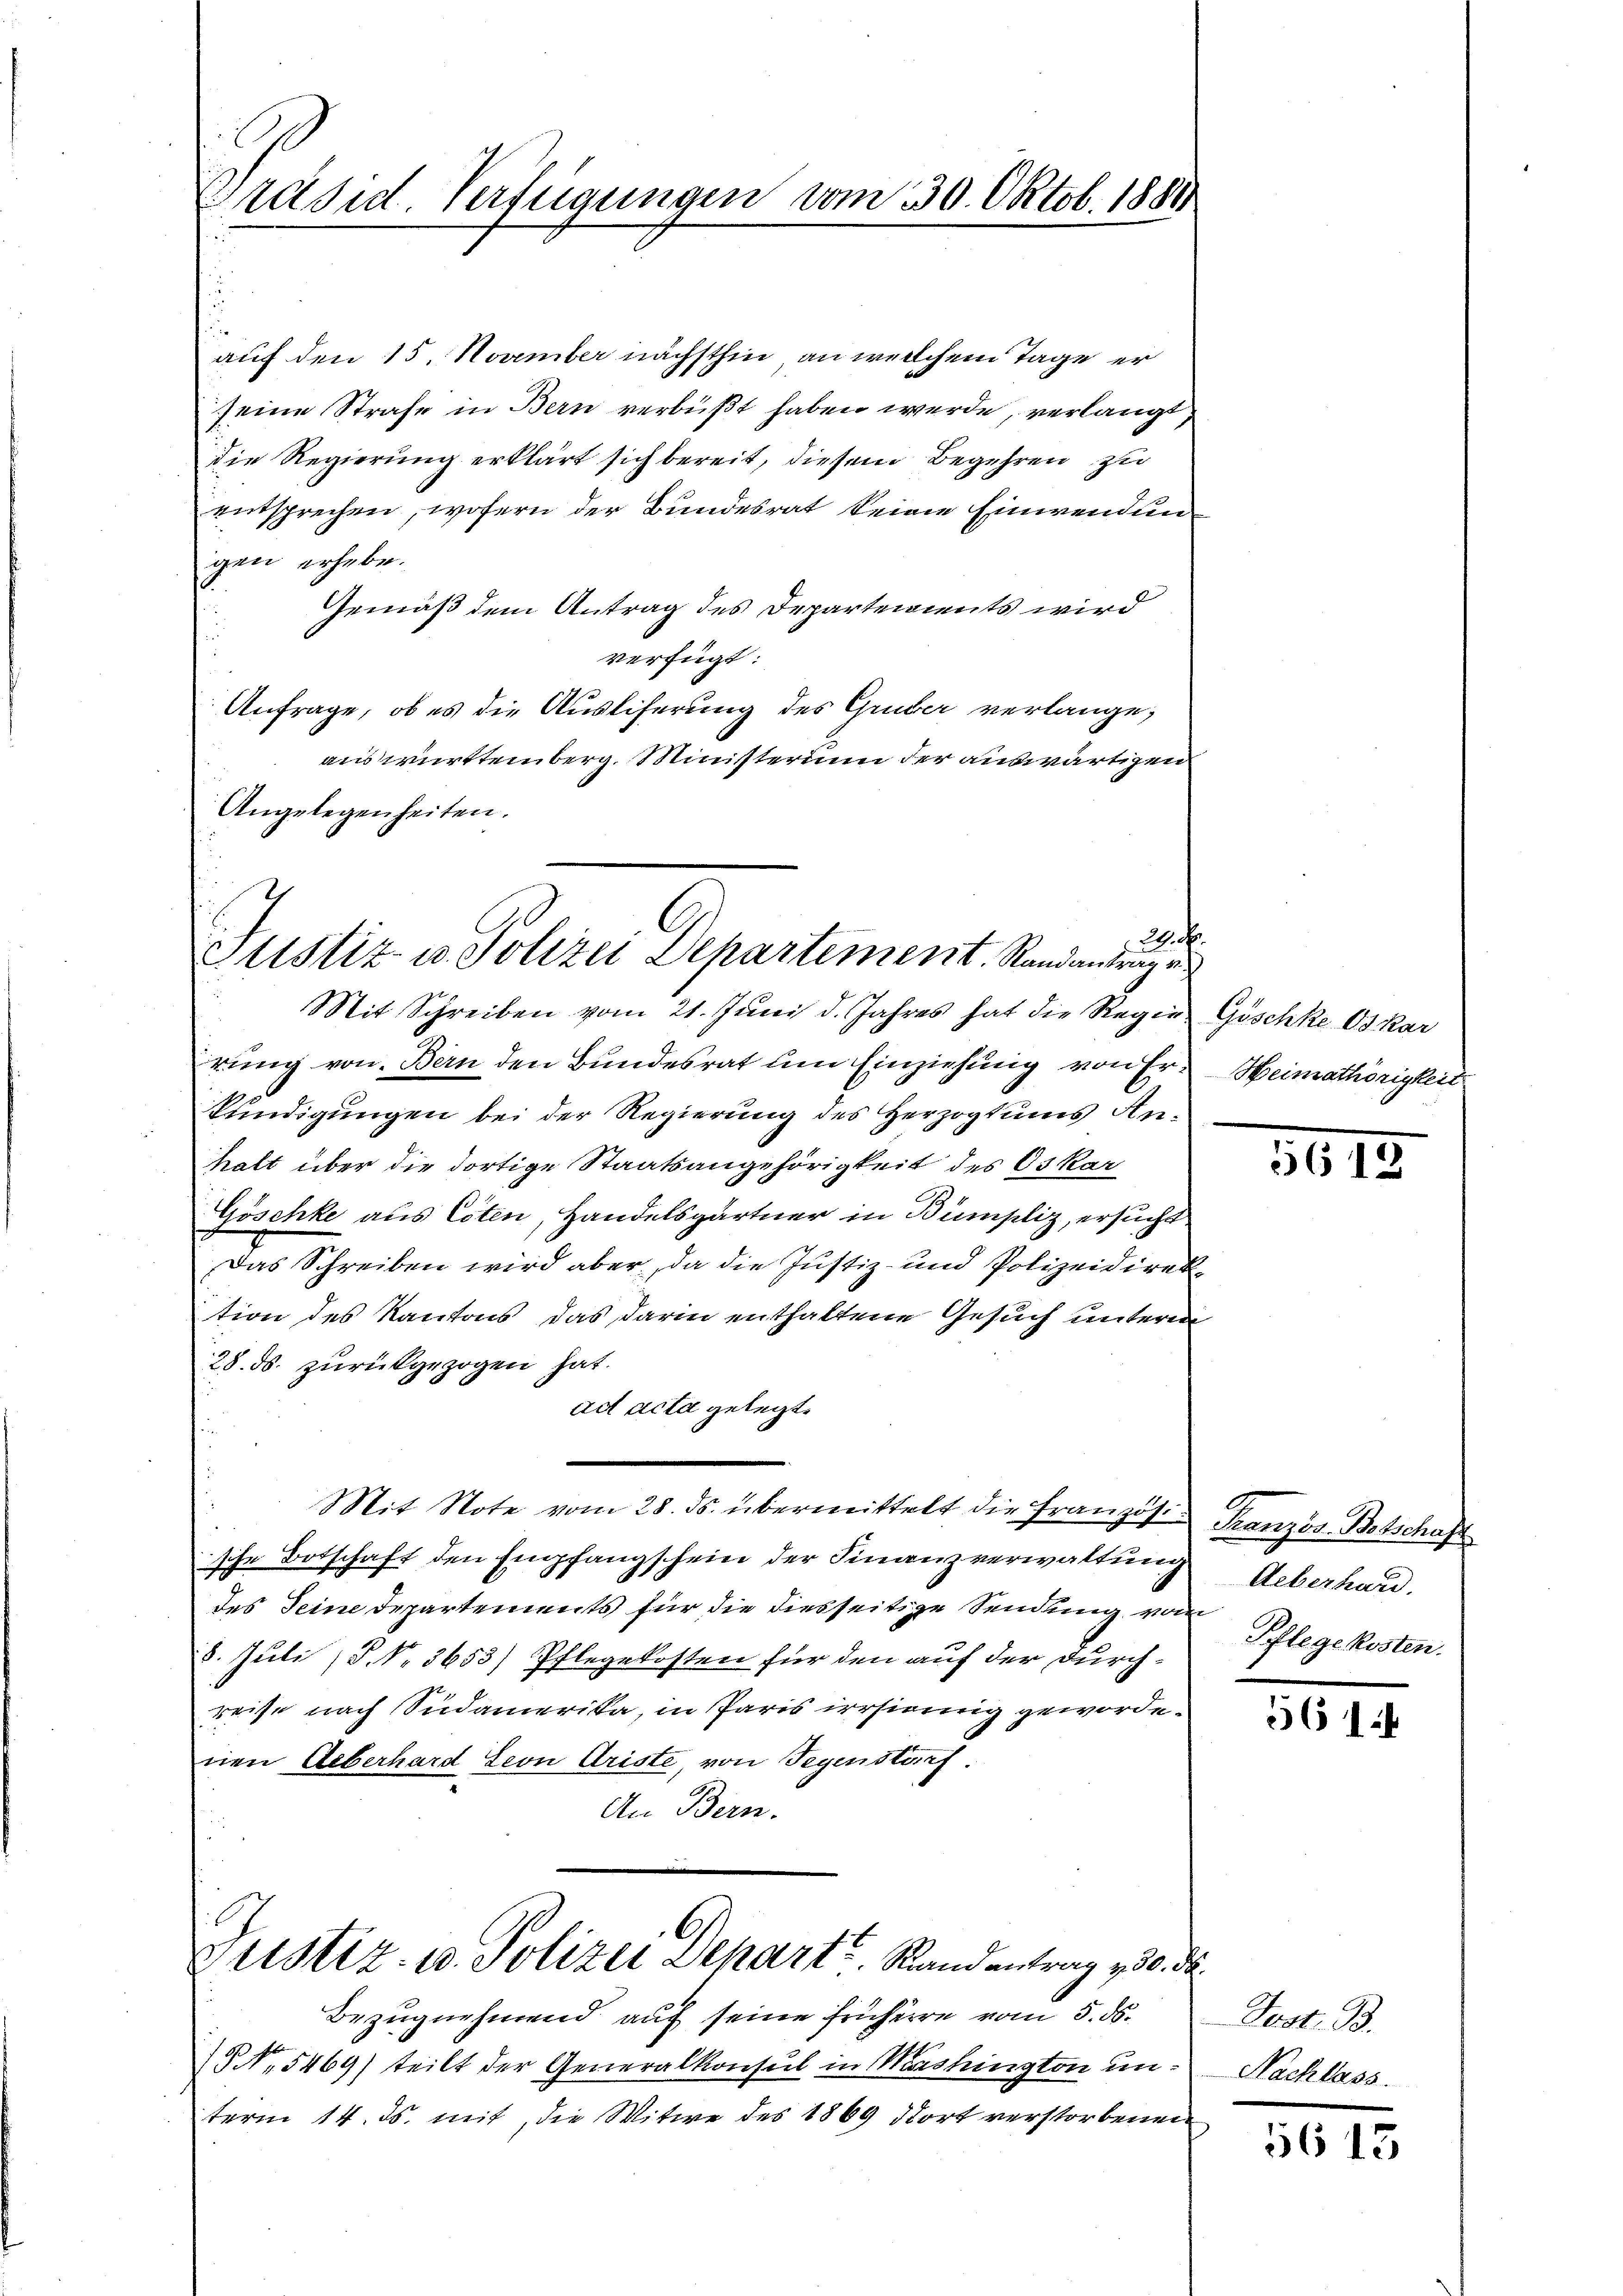
Präsid. Verfügungen vom 30. Oktob. 1881

Justiz- u. Polizei Departement. Randantrag e

auf den 15. November nächsthin an welchem Tage er
seine Strafe in Bern verbüßt haben werde, verlangt,
die Regierung erklärt sich bereit, diesem Begehren zu
entsprechen, wofern der Bundesrat keine Einwendungen erhebe.
Gemäß dem Antrag des Departements wird
verfügt:
Anfrage, ob es die Ausliferung des Gruber verlange,
auswürttemberg. Ministerium der auswärtigen
Angelegenheiten.
2. F.
Mit Schreiben vom 21. Juni d. Jahres hat die Regie Göschke Oskar
rung von Bern den Bundesrat um Einziehung von Erkundigungen bei der Regierung des Herzogtums Anhalt über die dortige Staatsangehörigkeit des Oskar
Göschke aus Esten, Handelsgärtner in Bumpliz, ersucht
Das Schreiben wird aber, da die Justiz- und Polizeidirektion des Kantons das darin enthaltene Gesuch unteren
28. ds. zurückgezogen hat.
ad acta gelegt.
Mit Note vom 28. ds. übermittelt die Französ. Französ. Botschaft
sche Botschaft den Empfangschein der Finanzverwaltung
des Seine Departements für die diesseitige Sendung von
8. Juli (§. No. 3653) Pflegekosten für den auf der Durchreise nach Südamerika, in Paris irrsinnig gewordenen Ueberhard Leon Ariste, von Segenstorf.
An Bern.
Justiz- u. Polizei Depart. Randentrag 15. ds.
Bezugnehmend auf seine frühere vom 5. ds.
 No. 5469) teilt der Generalkonsul in Washington unterm 14. ds. mit, die Witwe des 1869 dort verstorbenen

Heimathörigkeit.

.

Ueberhard.
Pflege kosten.

561

Jost. B.
Nachlass.

5613